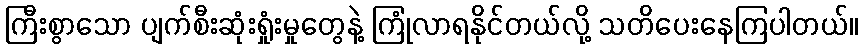
ကြီးစွာသော ပျက်စီးဆုံးရှုံးမှုတွေနဲ့ ကြုံလာရနိုင်တယ်လို့ သတိပေးနေကြပါတယ်။